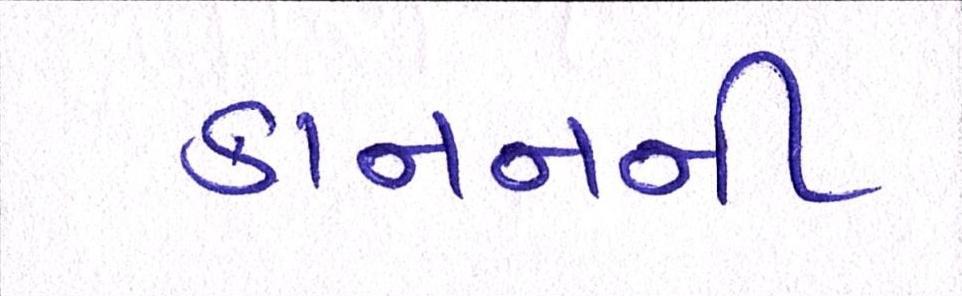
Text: કાનનની